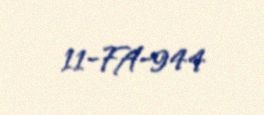
11-FA-944